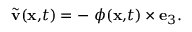
\widetilde { \mathbf { v } } ( \mathbf { x , } t ) = - \mathbf { \nabla } \phi ( \mathbf { x , } t ) \times \mathbf { e } _ { 3 } .